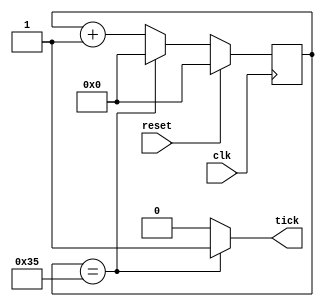
// This program was cloned from: https://github.com/pongsagon/tt07-tiniest-gpu
// License: Apache License 2.0


//////////////////////////////////////////////////////////////////////////////////
// Reference Book: FPGA Prototyping By Verilog Examples Xilinx Spartan-3 Version
// Authored by: Dr. Pong P. Chu
// Published by: Wiley
//
// Adapted for the Basys 3 Artix-7 FPGA by David J. Marion
//
//
// Modify for the Tiny Tapeout ASIC by Pongsagon Vichitvejpaisal, 11 May 2024
//
// Baud Rate Generator for the UART System
//
// Comments:
// - Many of the variable names have been changed for clarity

// For 9600 baud with 100MHz FPGA clock: 
// 9600 * 16 = 153,600
// 100 * 10^6 / 153,600 = ~651      (counter limit M)
// log2(651) = 10                   (counter bits N) 
//
// For 115,200 baud with 100MHz FPGA clock:
// 115,200 * 16 = 1,843,200
// 100 * 10^6 / 1,843,200 = ~54     (counter limit M)
// log2(52) = 6     				(counter bits N)
// For 50MHz
// 50 * 10^6 / 1,843,200 = ~27     (counter limit M)
// log2(27) = 5     				(counter bits N)
//////////////////////////////////////////////////////////////////////////////////

//`timescale 1ns / 1ps


module baud_rate_generator
    #(              // 115,200 baud, clk = 100Mhz
        parameter   N = 6,     // number of counter bits
                    M = 54     // counter limit value
    )
    (
        input clk,       		// clk
        input reset,            // reset
        output tick             // sample tick
    );
    
    // Counter Register
    reg [N-1:0] counter;        // counter value
    wire [N-1:0] next;          // next counter value
    
    // Register Logic
    always @(posedge clk)
        if(reset)
            counter <= 0;
        else
            counter <= next;
            
    // Next Counter Value Logic
    assign next = (counter == (M-1)) ? 0 : counter + 1;
    
    // Output Logic
    assign tick = (counter == (M-1)) ? 1'b1 : 1'b0;
       
endmodule